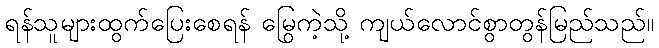
ရန်သူများထွက်ပြေးစေရန် မြွေကဲ့သို့ ကျယ်လောင်စွာတွန်မြည်သည်။